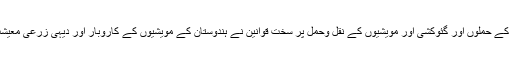
دوسری طرف گئورکشکوں کے حملوں اور گئوکشی اور مویشیوں کے نقل وحمل پر سخت قوانین نے ہندوستان کے مویشیوں کے کاروبار اور دیہی زرعی معیشت کو بےترتیب کر دیا ہے۔